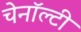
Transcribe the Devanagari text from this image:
चेनॉल्टी